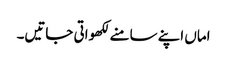
اماں اپنے سامنے لکھواتی جاتیں۔